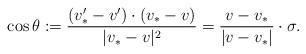
LaTeX: \begin{align*}\cos \theta := \frac{(v_*' - v') \cdot (v_* - v)}{|v_*-v|^2} = \frac{v-v_*}{|v-v_*|} \cdot \sigma. \end{align*}